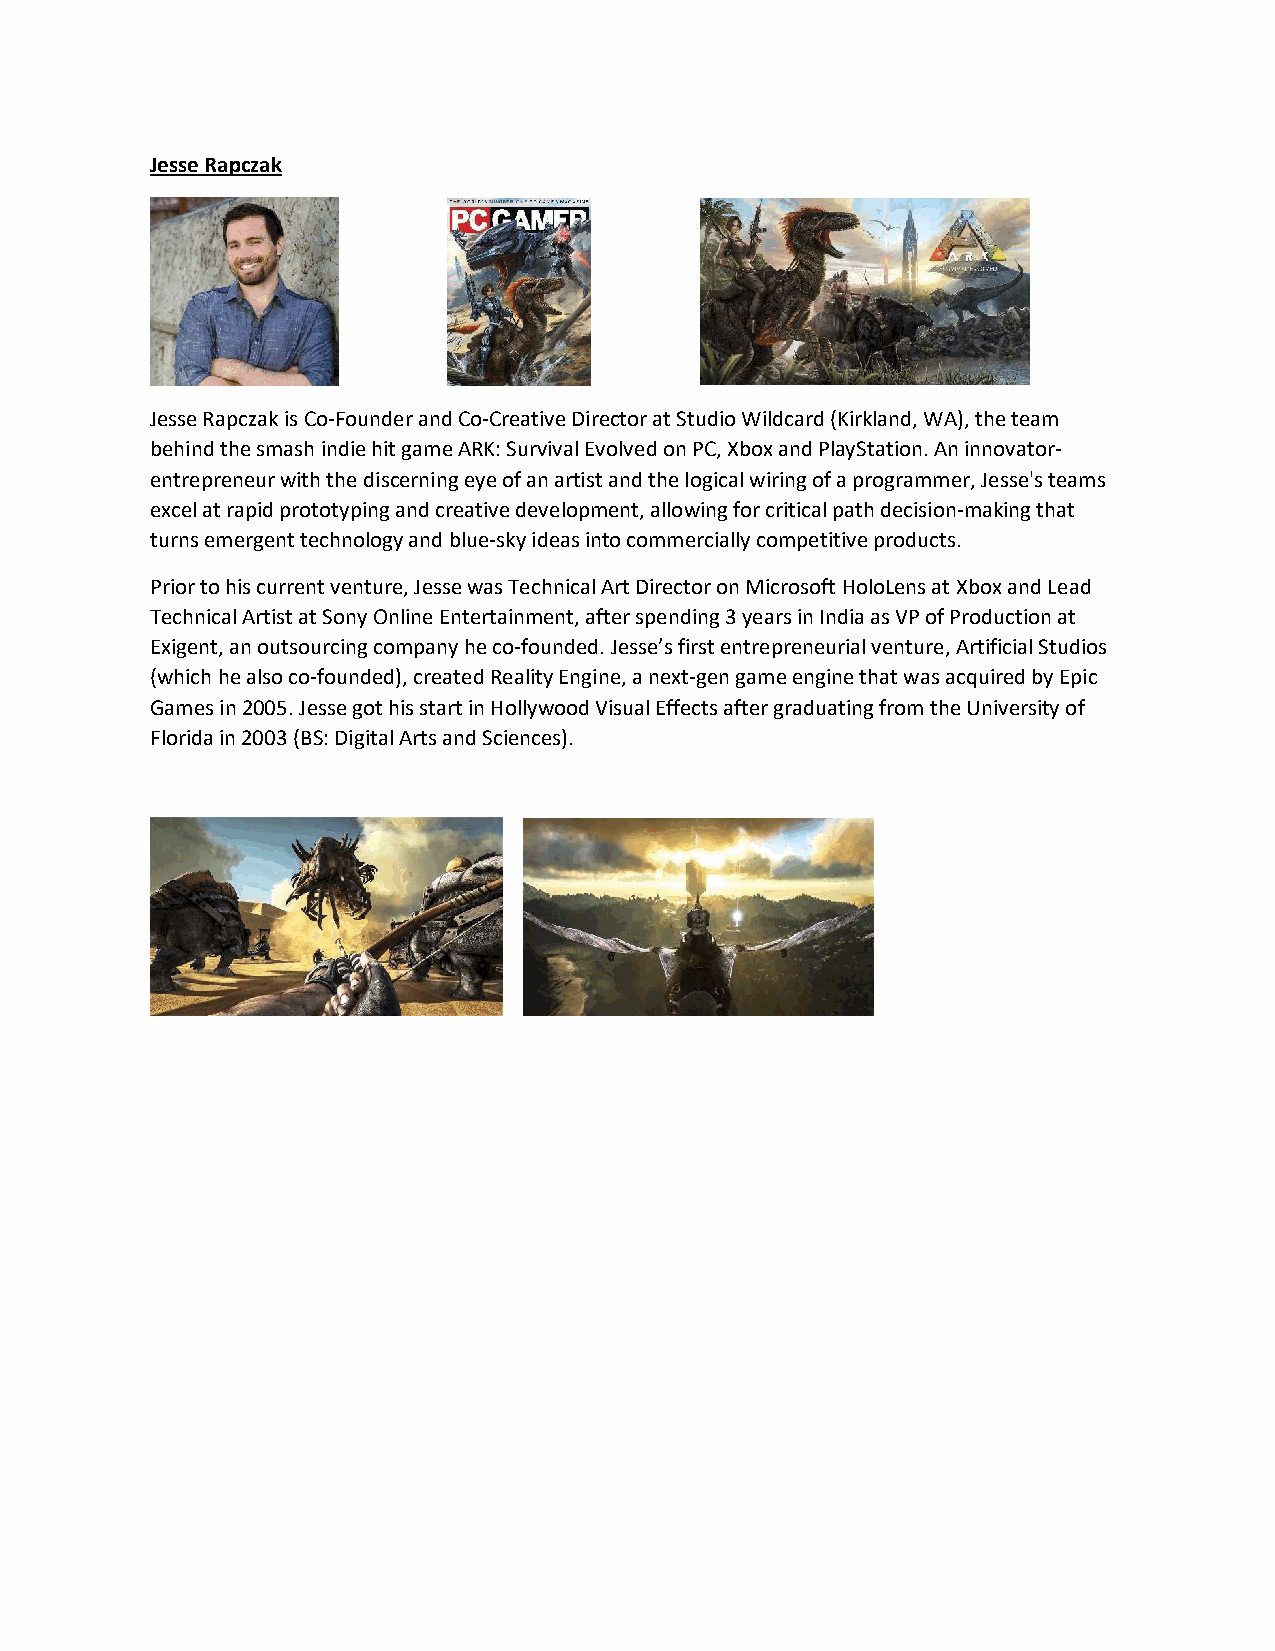
Jesse Rapczak
 Jesse Rapczak is Co-Founder and Co-Creative Director at Studio Wildcard (Kirkland, WA), the team
 behind the smash indie hit game ARK: Survival Evolved on PC, Xbox and PlayStation. An innovator-
 entrepreneur with the discerning eye of an artist and the logical wiring of a programmer, Jesse's teams
 excel at rapid prototyping and creative development, allowing for critical path decision-making that
 turns emergent technology and blue-sky ideas into commercially competitive products.
 Prior to his current venture, Jesse was Technical Art Director on Microsoft HoloLens at Xbox and Lead
 Technical Artist at Sony Online Entertainment, after spending 3 years in India as VP of Production at
 Exigent, an outsourcing company he co-founded. Jesse’s first entrepreneurial venture, Artificial Studios
 (which he also co-founded), created Reality Engine, a next-gen game engine that was acquired by Epic
 Games in 2005. Jesse got his start in Hollywood Visual Effects after graduating from the University of
 Florida in 2003 (BS: Digital Arts and Sciences).